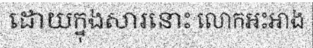
ដោយក្នុងសារនោះ លោកអះអាង